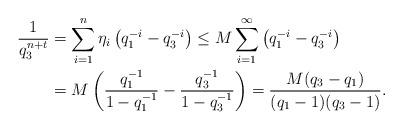
LaTeX: \begin{align*}\frac{1}{q_3^{n+t}}&=\sum_{i=1}^n \eta_i\left( q_1^{-i}-q_3^{-i}\right)\le M\sum_{i=1}^{\infty} \left( q_1^{-i}-q_3^{-i}\right)\\&=M\left( \frac{q_1^{-1}}{1-q_1^{-1}}-\frac{q_3^{-1}}{1-q_3^{-1}}\right) =\frac{M(q_3-q_1)}{(q_1-1)(q_3-1)}.\end{align*}